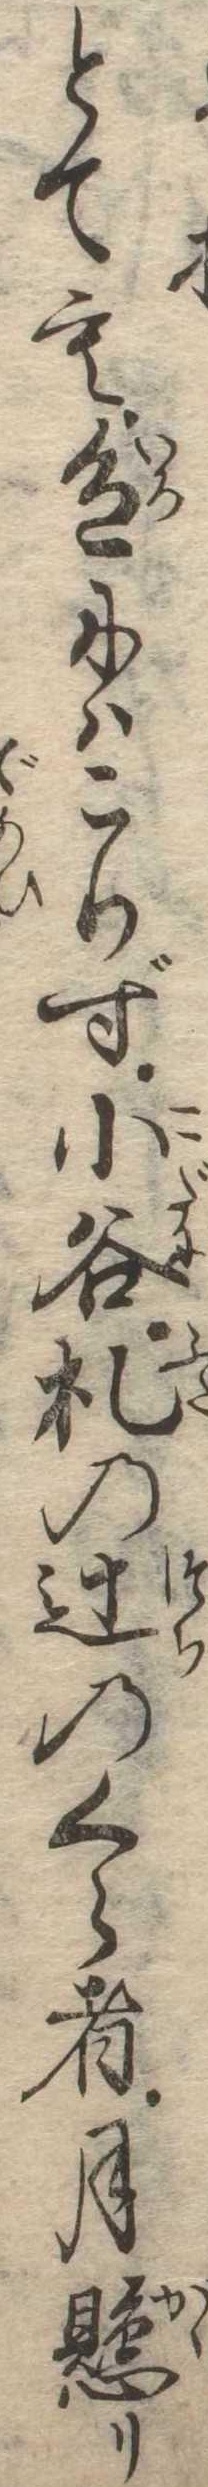
とても色にはこりず小谷札の辻のくら者月懸り